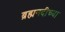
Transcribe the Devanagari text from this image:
ब्रह्मनदीच्या